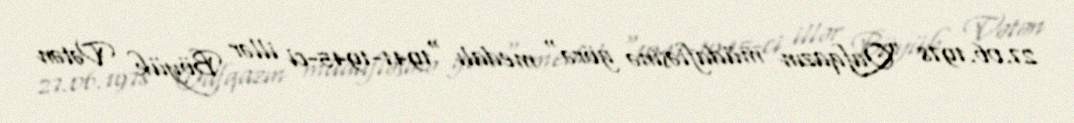
27.06.1978 "Qafqazın müdafiəsinə görə" medalı "1941-1945-ci illər Böyük Vətən